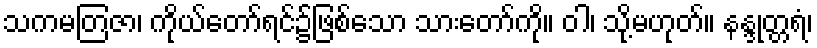
သကမတြဇာ၊ ကိုယ်တော်ရင်၌ဖြစ်သော သားတော်ကို။ ဝါ၊ သို့မဟုတ်။ နန္ဒုတ္တရံ၊